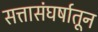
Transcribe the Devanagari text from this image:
सत्तासंघर्षातून